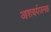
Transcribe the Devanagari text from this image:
आशचर्यजनक